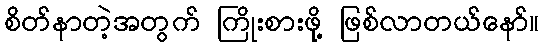
စိတ်နာတဲ့အတွက် ကြိုးစားဖို့ ဖြစ်လာတယ်နော်။